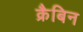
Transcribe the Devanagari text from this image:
क्रैबिन